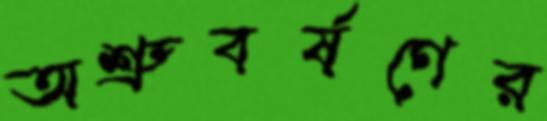
অশ্রুবর্ষণের